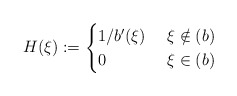
\begin{align*} H(\xi):=\begin{cases}1/b'(\xi)&\ \xi \notin (b)\\ 0 &\ \xi \in (b) \end{cases}\end{align*}